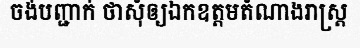
ចង់បញ្ជាក់ ថាសុំឲ្យឯកឧត្តមតំណាងរាស្ត្រ